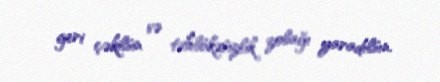
geri çəkilsin və təhlükəsizlik zolağı yaradılsın.